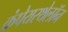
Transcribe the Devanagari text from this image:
कंपेयरथेलॉन